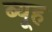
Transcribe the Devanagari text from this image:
ब्यूह